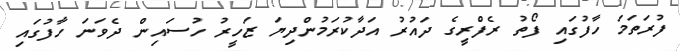
ފުރަތަމަ ހާފުގައި ފޯތު ރެފްރީގެ ދައުރު އަދާކުރަމުންދިޔަ ޒަހީރު ހުސައިން ދެވަނަ ހާފުގައި